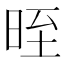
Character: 晊